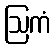
ဩကံ